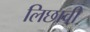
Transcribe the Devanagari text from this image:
लिछावी